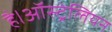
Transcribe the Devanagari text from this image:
है।ऑस्ट्रेलियन